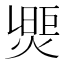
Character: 𤌮